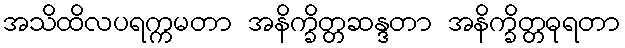
အသိထိလပရက္ကမတာ အနိက္ခိတ္တဆန္ဒတာ အနိက္ခိတ္တဓုရတာ